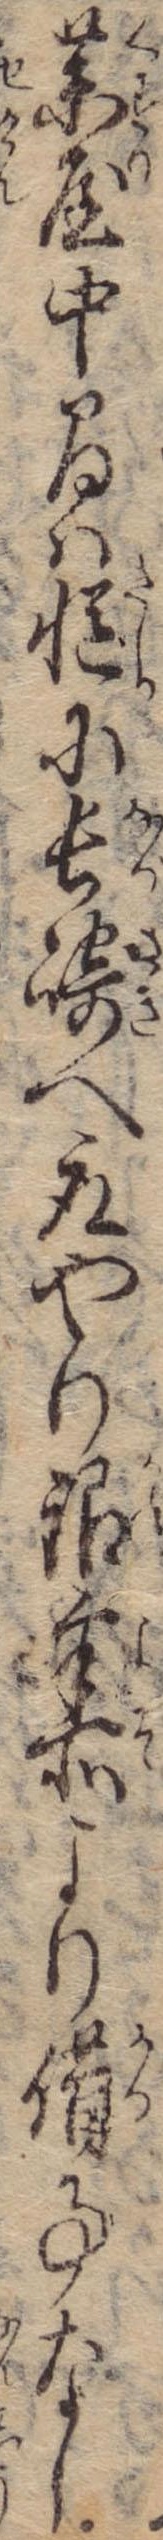
薬屋中間は慥に長崎へ取やり銀余所より借事なし